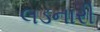
લડનારી